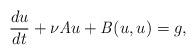
LaTeX: \begin{align*}\frac{du}{dt}+\nu\mathit{A}u+\mathit{B}(u,u)=g,\end{align*}